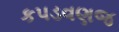
કપડવણજ